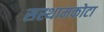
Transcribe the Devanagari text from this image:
सस्थामकोटा